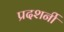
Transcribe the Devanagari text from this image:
प्रदशर्नी